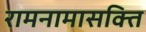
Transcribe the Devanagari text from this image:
रामनामासक्ति